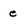
Character: e